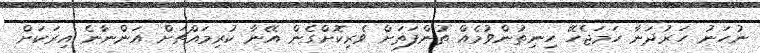
ނުހަނު ހަރުދަނާ ހަމަޖެހޭ ހިނިތުންވުމެއް ތުންފަތަށް ވެރިކޮށްގެން އޭނާ ކުރިމައްޗަށް އަންނާނެ އިރަކަށް